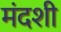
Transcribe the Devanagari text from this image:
मंदशी